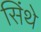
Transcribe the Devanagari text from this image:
सिंथे